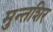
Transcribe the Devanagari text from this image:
मुन्तशिर